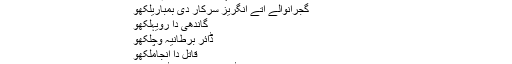
قتلام مگروںلکھو
لوک لہراں دا اُلار دھرم وللکھو
گجرانوالے اُتے انگریز سرکار دی بمباریلکھو
گاندھی دا رویہلکھو
ڈائر برطانیہ وچلکھو
قاتل دا انجاملکھو
ساکہ جلھیانوالا باغ دے بچڑ: جنرل ڈائر اتے مائیکل اڈوائرلکھو
Last edited on 6 جنوری 2019, at 22:48